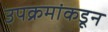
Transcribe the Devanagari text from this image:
उपक्रमांकडून